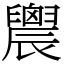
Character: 䢉